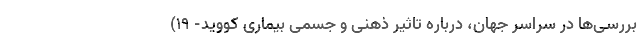
بررسی‌ها در سراسر جهان، درباره تاثیر ذهنی و جسمی بیماری کووید- ۱۹)